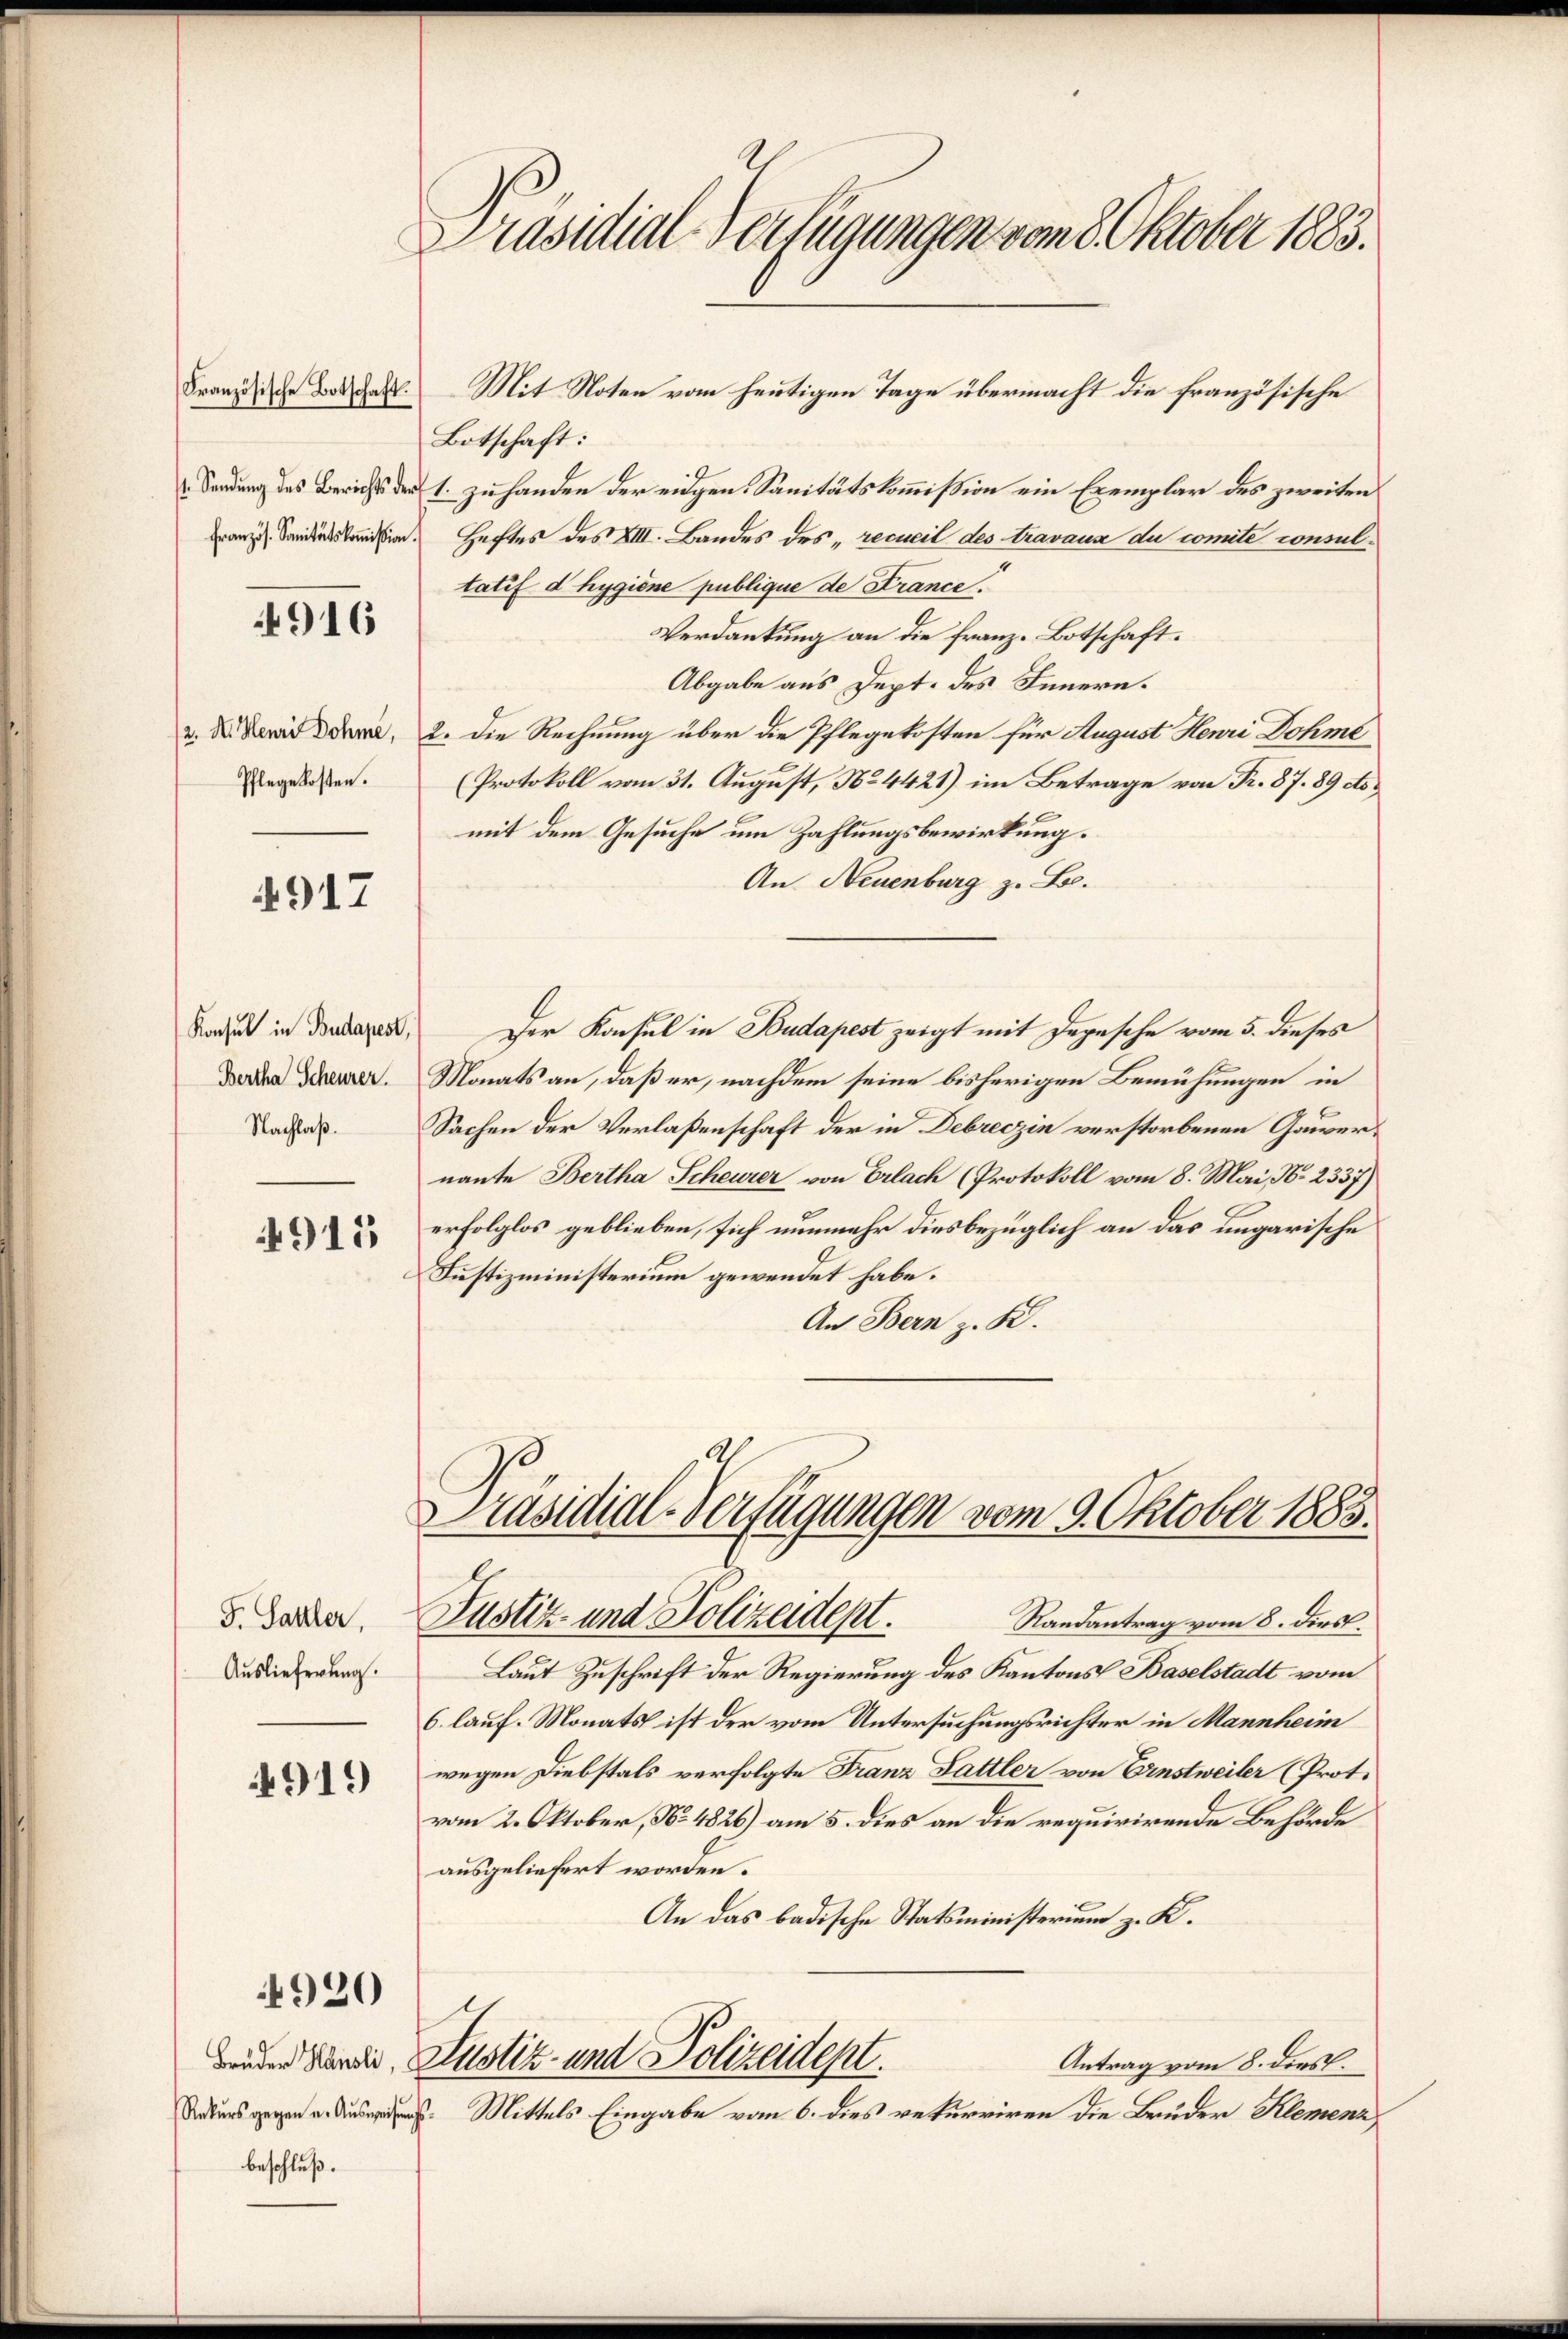
Französische Botschaft.

4916

(2. A. Henri Dohme,
Pflege kosten.

4917

Konsul in Budapest,
Bertha Scheurer.
Nachlaß.

4915

F. Sattler,
Auslieferung.

4919

4920

beschluß.

Präsidial-Verfügungen vom 8. Oktober 1883.

Botschaft:
Sendung des Berichts der 1. zu handen der eidgen Sanitätskommißion ein Exemplar des zweiten
Franz Sandesstand. Heftes des XIII. Bandes des „recueil des travaux du comite consultatif dhygione publique de Strance.
Verdankung an die franz- Botschaft.
Abgabe aus Dept. des Innern.
2. Die Rechnung über die Pflegekosten für August Henri Dohme
(Protokoll vom 31. August, No. 4421) im Betrage von Fr. 87. 89 domit dem Gesuche um Zahlungsbewirkung.
An Neuenburg z. B.
Der Konsul in Budapest zeigt mit Depesche vom 5. dieses
Monats an, daß er, nachdem seine bisherigen Bemühungen in
Sachen der Verlaßenschaft der in Debreczin verstorbenen Gauvernante Bertha Scheurer von Erlach (Protokoll vom 8. Mai, No. 2337)
erfolglos geblieben, sich nunmehr diesbezüglich an das ungarische
Justizministerium gewendet habe.
An Bern z. K.

Mit Noten vom heutigen Tage übermacht die französische

Präsidial-Verfügungen vom 9. Oktober 1883.
Justiz- und Polizeidept.
Randantrag vom 8. dies.

Laut Zuschrift der Regierung des Kantons Baselstadt vom
6. lauf. Monats ist der vom Untersuchungsrichter in Mannheim
wegen Diebstals verfolgte Franz Fattler von Einstweiler (Prot.
vom 2. Oktober, No. 4826) am 5. dies an die requirirende Behörde
ausgeliefert worden.
An das badische Statsministerium z. K.
iten wurde Justiz- und Polizeidept.
Antrag vom 8. dies.
. Mittels Eingabe vom 6. dies rekurriren die Bruder Klemenz